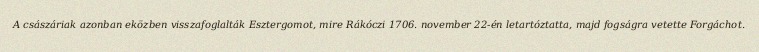
A császáriak azonban eközben visszafoglalták Esztergomot, mire Rákóczi 1706. november 22-én letartóztatta, majd fogságra vetette Forgáchot.